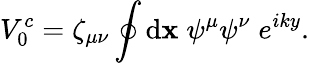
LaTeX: V_{0}^{c}=\zeta_{\mu\nu}\oint\mathrm{d}\mathbf{x}\; \psi^{\mu}\psi^{\nu}\; e^{iky}.